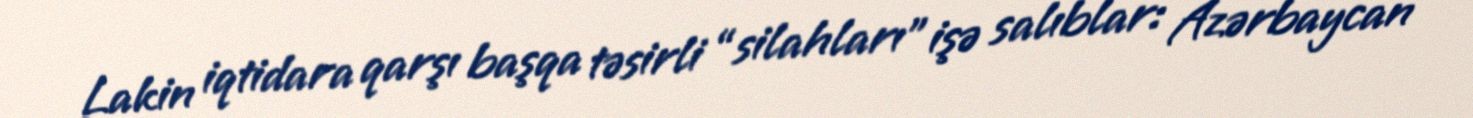
Lakin iqtidara qarşı başqa təsirli “silahları” işə salıblar: Azərbaycan